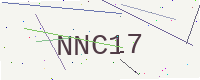
Text: NNC17